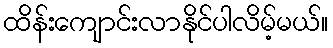
ထိန်းကျောင်းလာနိုင်ပါလိမ့်မယ်။